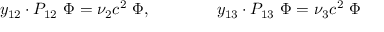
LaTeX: y _ { 1 2 } \cdot P _ { 1 2 } \ \Phi = \nu _ { 2 } c ^ { 2 } \ \Phi , \qquad \qquad y _ { 1 3 } \cdot P _ { 1 3 } \ \Phi = \nu _ { 3 } c ^ { 2 } \ \Phi